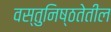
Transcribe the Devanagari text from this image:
वस्तुनिष्ठतेतील